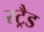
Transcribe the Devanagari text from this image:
स्ट्रैड